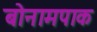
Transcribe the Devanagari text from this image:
बोनामपाक